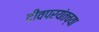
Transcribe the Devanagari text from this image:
दीवपर्यंतच्या